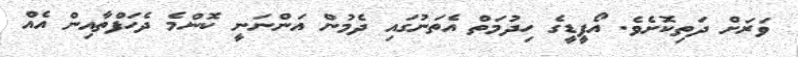
ވަރަށް ދަތިކޮށެވެ. އޯޕީޑީގެ ހިދުމަތް އެތަނުގައި ދެމުން އަންނަނީ ކޮންމެ ދެހަފްތާއިން އެއް